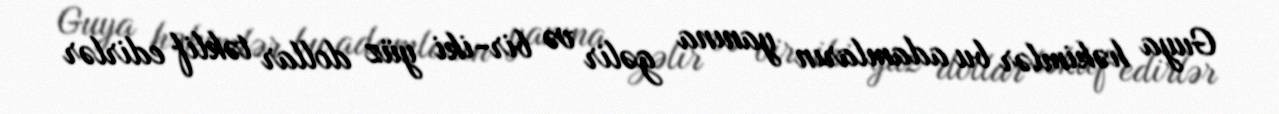
Guya həkimlər bu adamların yanına gəlir və bir-iki yüz dollar təklif edirlər